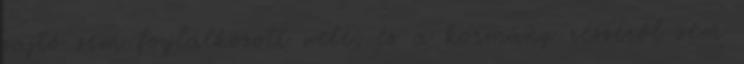
sajtó sem foglalkozott vele, és a kormány részéről sem